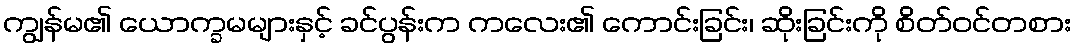
ကျွန်မ၏ ယောက္ခမများနှင့် ခင်ပွန်းက ကလေး၏ ကောင်းခြင်း၊ ဆိုးခြင်းကို စိတ်ဝင်တစား